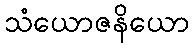
သံယောဇနိယော